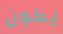
يكون